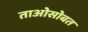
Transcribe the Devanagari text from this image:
ताओसोबत